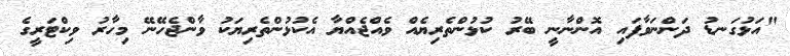
"އަޅުގަނޑު ދަންނަވާފައި އޮންނާނީ ބޭރު ކުޅުންތެރިޔެއް ވެއްޖެއްޔާ އެކުޅުންތެރިޔަކު ވާންޖެހޭނޭ މިހާރު ވިކްޓަރީގެ